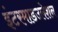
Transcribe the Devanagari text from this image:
इंटरमाडउलेशन